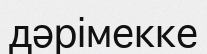
дәрімекке